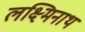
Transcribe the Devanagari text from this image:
लक्ष्मिनाथ